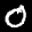
Label: 0